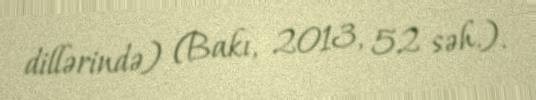
dillərində) (Bakı, 2013, 52 səh.).